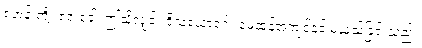
ရဟန်းတို့။ ဧဝံ ခေါ၊ ဤသို့လျှင်။ ဝိသံယောဂေါ၊ မေထုန်အကျင့်နှင့် မယှသ်ခြင်းသည်။